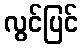
လွင်ပြင်